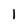
Character: 1